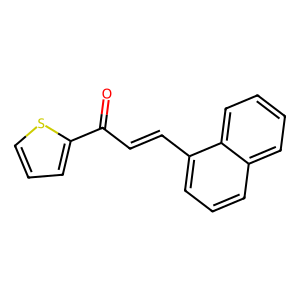
SMILES: O=C(C=Cc1cccc2ccccc12)c1cccs1
Inhibits HIV replication: No